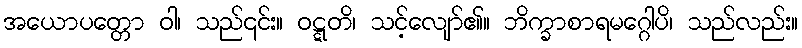
အယောပတ္တော ဝါ၊ သည်၎င်း။ ဝဋ္ဋတိ၊ သင့်လျော်၏။ ဘိက္ခာစာရမဂ္ဂေါပိ၊ သည်လည်း။